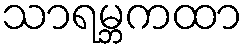
သာရမ္ဘကထာ